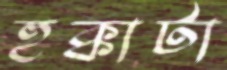
হুক্কাটা